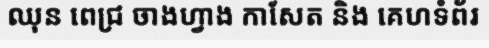
ឈុន ពេជ្រ ចាងហ្វាង កាសែត និង គេហទំព័រ